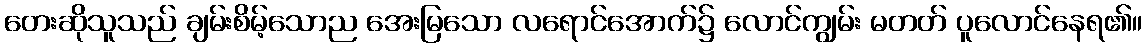
တေးဆိုသူသည် ချမ်းစိမ့်သောည အေးမြသော လရောင်အောက်၌ လောင်ကျွမ်း မတတ် ပူလောင်နေရ၏။